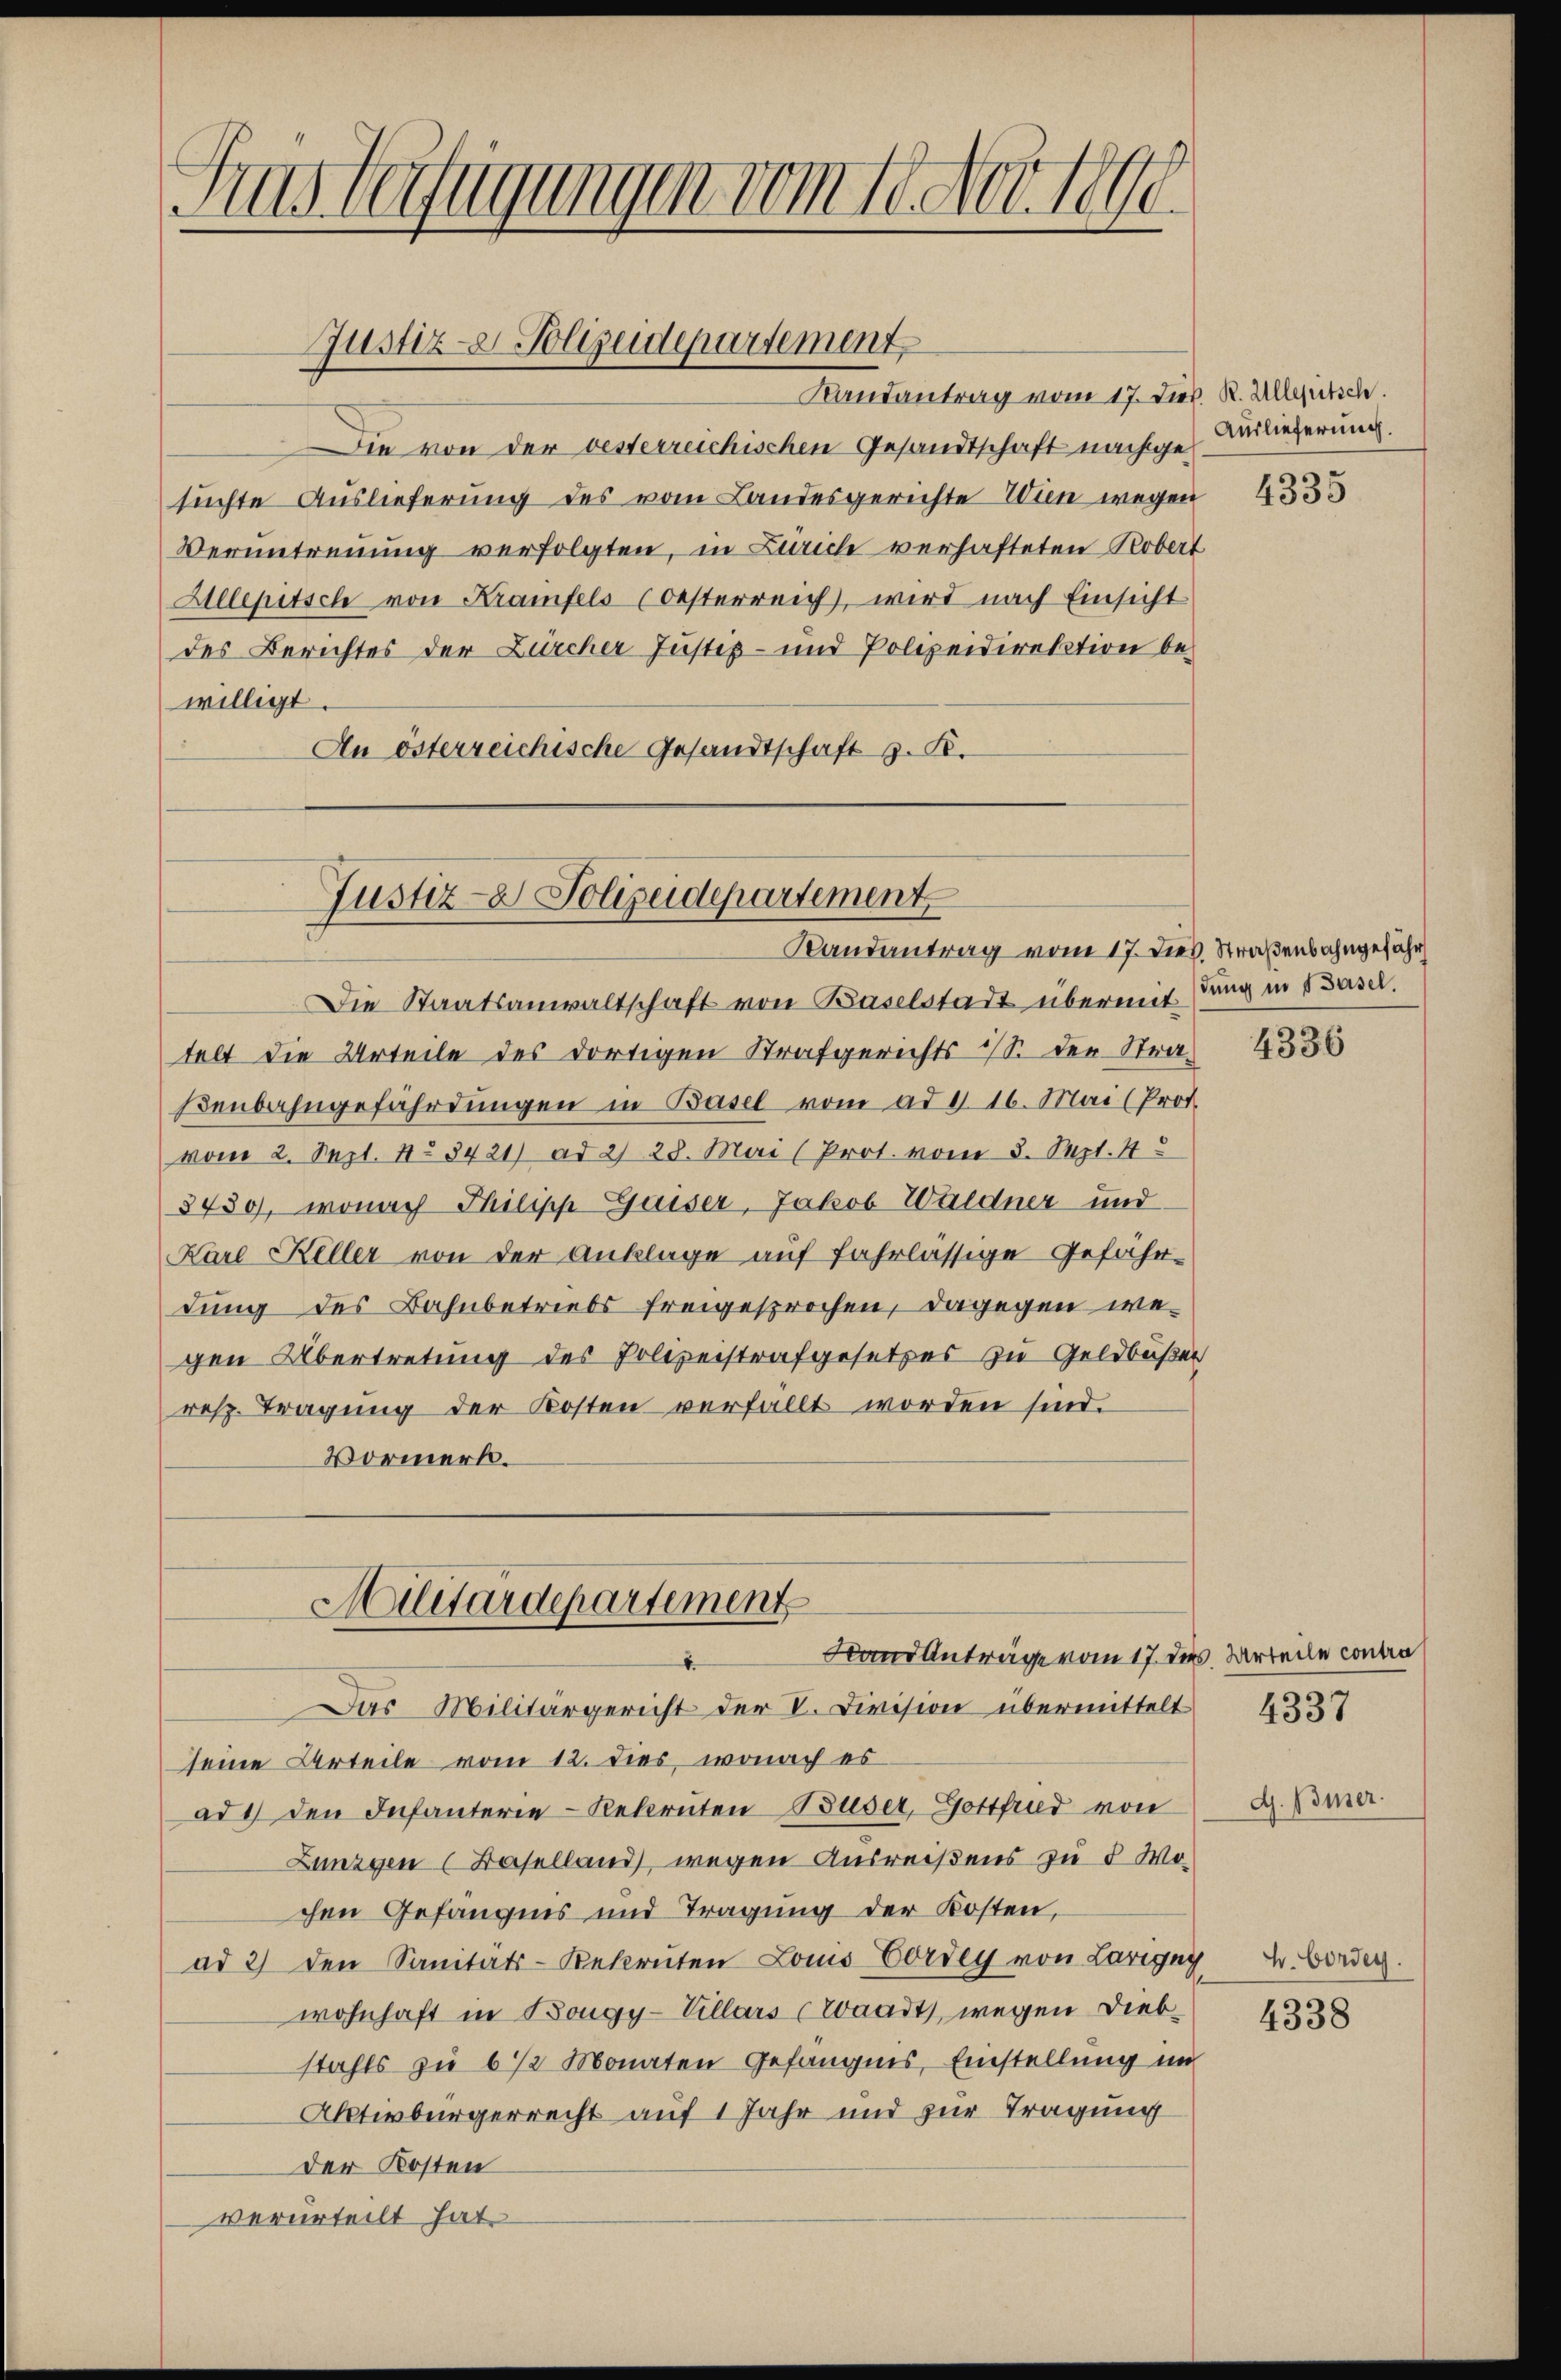
Aus Verfügungen vom 10. Nov. 1890.

Rautantrag vom 17. Dies. R. Alleutsch.
ie von der vesterreichischen Gesandtschaft nachgesuchte Auslieferung des vom Landesgerichte Wien wegen
Veruntrennung verfolgten, in Zürich verhafteten Robert
Allepetsch von Kramfels (Oesterreich, wird nach Einsicht
des Berichtes der Zürcher Justiz- und Polizeidirektion bewilligt.
An österreichische Gesandtschaft z. K.

Justiz- & Polizeidepartement

Justiz- & Polizeidepartement

Randantrag vom 17. dies. Straßenbahngefähr
Die Staatsanwaltschaft von Baselstadt übermit stung in Basel
telt die Urteile des dortigen Strafgerichts ist. der Straβenbahngefährdungen in Basel vom ad 416. Mai (Prot
vom 2. Sept. No 3421) ad 2. 28. Mai (Prot. vom 3. Sept. 1
8430), wonach Thilipp Gaiser, Jakob Waldner und
Karl Keller von der Anklage auf fahrlässige Gefähr-
dung des Bahnbetriebs freigesprochen, dagegen wegen Übertretung des Polizeistrafgesetzes zu Geldbußer
resp. Tragŭng der Kosten verfallt worden sind.
Vormerk.

Militärdepartement
Hand Anträge vom 17. des Urteile contra

Das Militärgericht der V. Division übermittelt 453
seine Urteile vom 12. dies, wonach es
ad 4 den Infanterie-Rekruten Buser, Gottfrid von
Zungen (Baselland, wegen Ausreißens zu 5 Wochen Gefängnis und Tragung der Kosten,
ad 2) den Sanitäts-Rekruten Louis Vordey von Larigny
wohnhaft in Bougy-Villars (Waadt, wegen Diebstahls zu 6 1/2 Monaten Gefängnis, Einstellung im
Aktivbürgerrecht auf 1 Jahr und zur Tragung
der Kosten
verurteilt hat.

Auslieferung.

4335

4336

d. Bier.

Hr. Corden.

4338